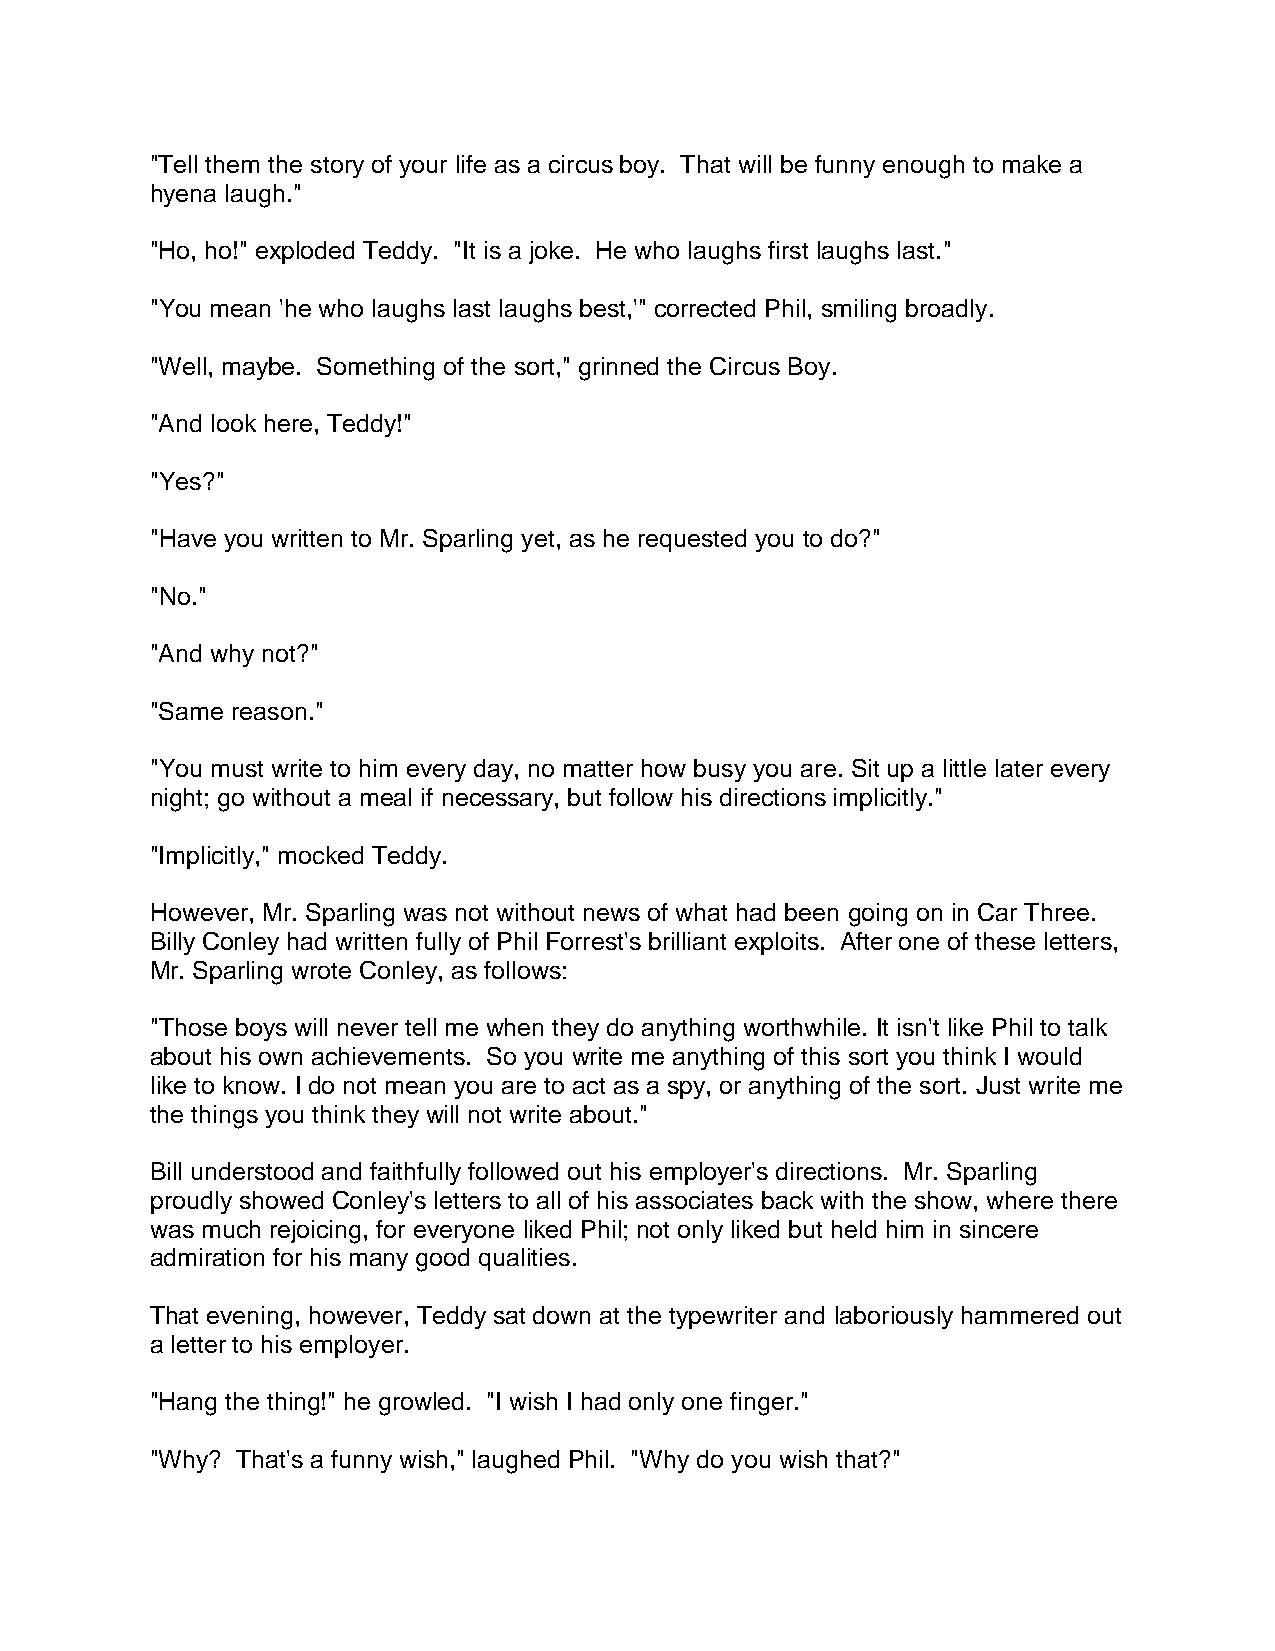
"Tell them the story of your life as a circus boy. That will be funny enough to make a
 hyena laugh."
 "Ho, ho!" exploded Teddy. "It is a joke. He who laughs first laughs last."
 "You mean 'he who laughs last laughs best,'" corrected Phil, smiling broadly.
 "Well, maybe. Something of the sort," grinned the Circus Boy.
 "And look here, Teddy!"
 "Yes?"
 "Have you written to Mr. Sparling yet, as he requested you to do?"
 "No."
 "And why not?"
 "Same reason."
 "You must write to him every day, no matter how busy you are. Sit up a little later every
 night; go without a meal if necessary, but follow his directions implicitly."
 "Implicitly," mocked Teddy.
 However, Mr. Sparling was not without news of what had been going on in Car Three.
 Billy Conley had written fully of Phil Forrest's brilliant exploits. After one of these letters,
 Mr. Sparling wrote Conley, as follows:
 "Those boys will never tell me when they do anything worthwhile. It isn't like Phil to talk
 about his own achievements. So you write me anything of this sort you think I would
 like to know. I do not mean you are to act as a spy, or anything of the sort. Just write me
 the things you think they will not write about."
 Bill understood and faithfully followed out his employer's directions. Mr. Sparling
 proudly showed Conley's letters to all of his associates back with the show, where there
 was much rejoicing, for everyone liked Phil; not only liked but held him in sincere
 admiration for his many good qualities.
 That evening, however, Teddy sat down at the typewriter and laboriously hammered out
 a letter to his employer.
 "Hang the thing!" he growled. "I wish I had only one finger."
 "Why? That's a funny wish," laughed Phil. "Why do you wish that?"